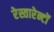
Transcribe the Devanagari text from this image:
रेस्तारेन्टों